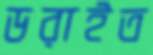
ডরাইত